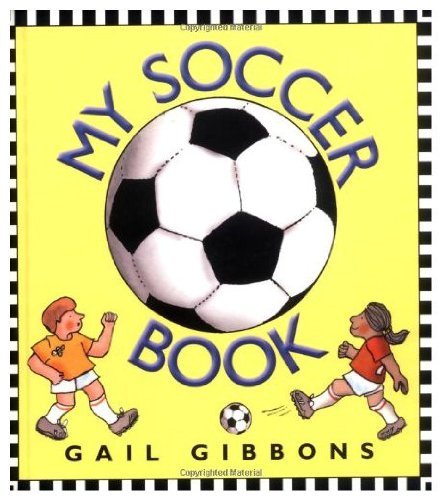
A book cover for My Soccer Book:  A Write-in-Me Book for Young Players; Tom Ettinger; Children's Books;